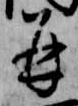
并